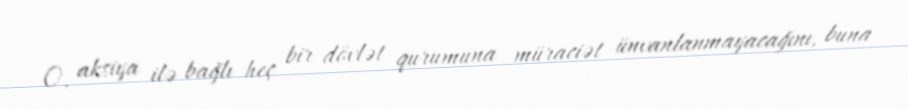
O, aksiya ilə bağlı heç bir dövlət qurumuna müraciət ünvanlanmayacağını, buna